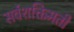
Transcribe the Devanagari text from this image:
सर्वशक्तिमती